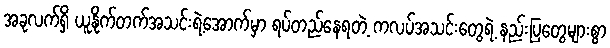
အခုလက်ရှိ ယူနိုက်တက်အသင်းရဲ့အောက်မှာ ရပ်တည်နေရတဲ့ ကလပ်အသင်းတွေရဲ့ နည်းပြတွေများစွာ